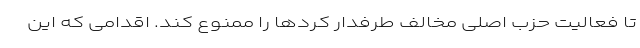
تا فعالیت حزب اصلی مخالف طرفدار کردها را ممنوع کند. اقدامی که این